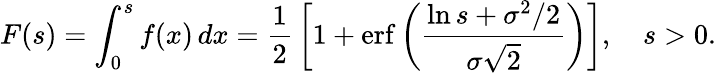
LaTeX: F(s)=\int_{0}^{s}f(x)\, dx={\frac{1}{2}}\left[1+\operatorname{erf}\left({\frac{\ln s+\sigma^{2}/2}{\sigma{\sqrt{2}}}}\right)\right],\quad s>0.